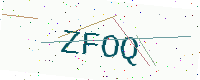
Text: ZFOQ